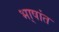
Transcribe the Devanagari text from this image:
भा्षांत